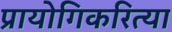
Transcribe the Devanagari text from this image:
प्रायोगिकरित्या